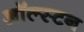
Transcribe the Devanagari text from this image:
ऑल्स्टन